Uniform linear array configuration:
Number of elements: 64
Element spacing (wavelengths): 0.75
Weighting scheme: hamming
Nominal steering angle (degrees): -60
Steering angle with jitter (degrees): -61.159
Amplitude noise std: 0.05
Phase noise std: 0.05

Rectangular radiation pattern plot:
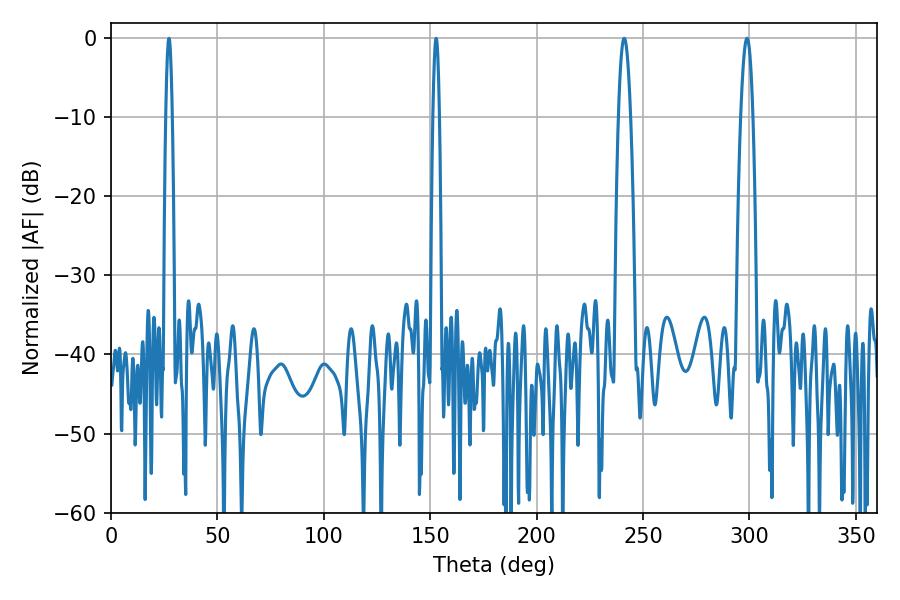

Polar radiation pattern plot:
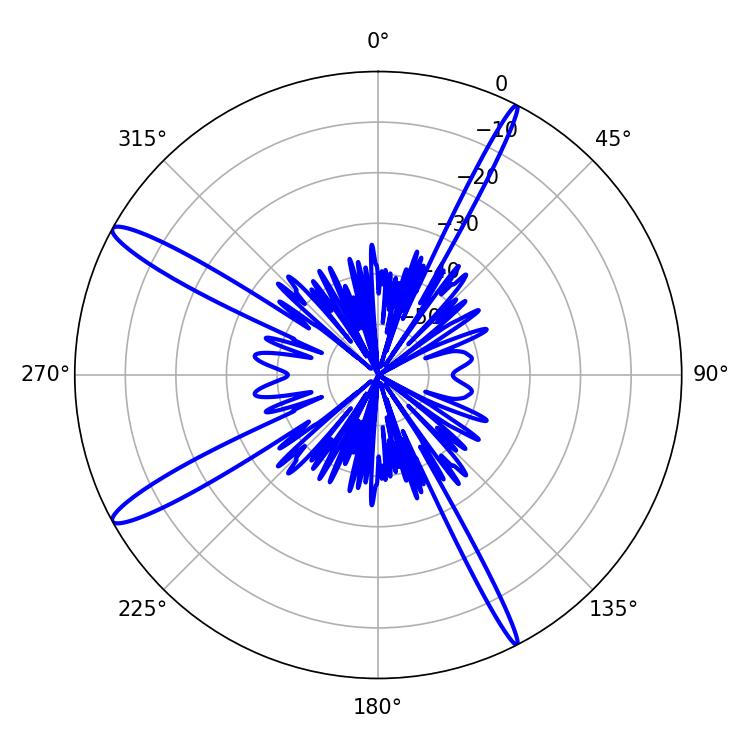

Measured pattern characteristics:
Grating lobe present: TRUE
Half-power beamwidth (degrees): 3.24
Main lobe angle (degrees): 298.8